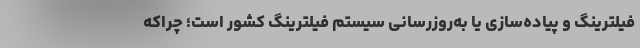
فیلترینگ و پیاده‌سازی یا به‌روزرسانی سیستم فیلترینگ کشور است؛ چراکه